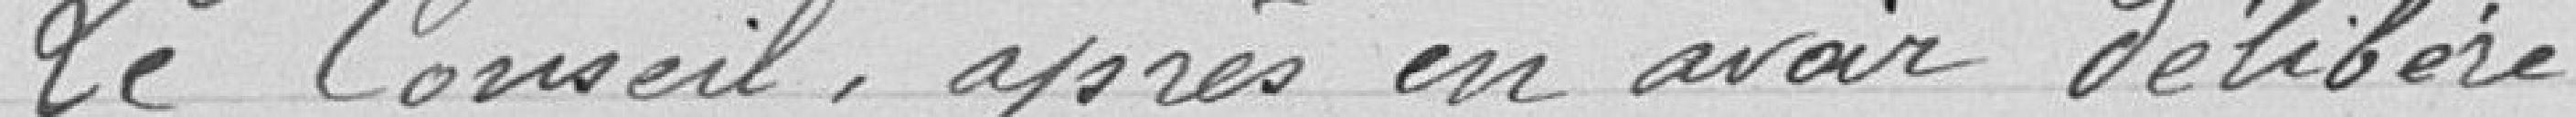
Le Conseil après en avoir délibéré